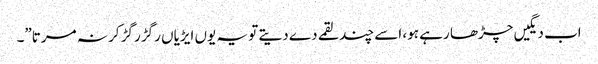
اب دیگیں چڑھا رہے ہو، اسے چند لقمے دے دیتے تو یہ یوں ایڑیاں رگڑ رگڑ کر نہ مرتا”۔